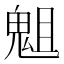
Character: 𩲲